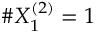
\# X _ { 1 } ^ { ( 2 ) } = 1